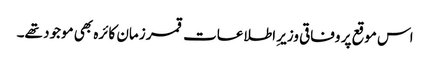
اس موقع پر وفاقی وزیرِ اطلاعات قمر زمان کائرہ بھی موجود تھے۔